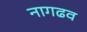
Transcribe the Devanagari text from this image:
नागढव